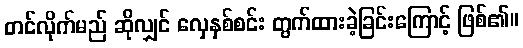
တင်လိုက်မည် ဆိုလျှင် လှေနှစ်စင်း တွက်ထားခဲ့ခြင်းကြောင့် ဖြစ်၏။